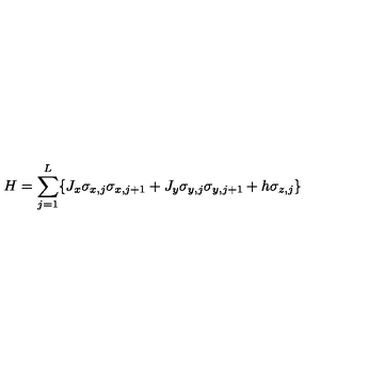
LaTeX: H = \sum _ { j = 1 } ^ { L } \{ J _ { x } \sigma _ { x , j } \sigma _ { x , j + 1 } + J _ { y } \sigma _ { y , j } \sigma _ { y , j + 1 } + h \sigma _ { z , j } \} \nonumber